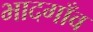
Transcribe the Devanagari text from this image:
भादगाँव